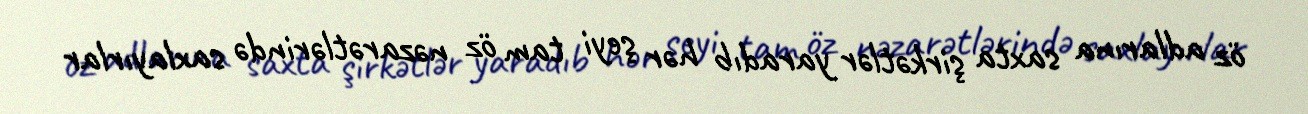
öz adlarına saxta şirkətlər yaradıb hər şeyi tam öz nəzarətlərində saxlayırlar